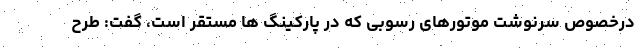
درخصوص سرنوشت موتورهای رسوبی که در پارکینگ ها مستقر است، گفت: طرح